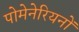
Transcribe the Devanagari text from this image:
पोमेनेरियनों